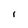
Character: 1